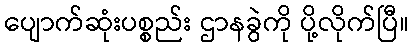
ပျောက်ဆုံးပစ္စည်း ဌာနခွဲကို ပို့လိုက်ပြီ။